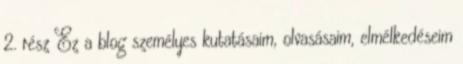
2. rész Ez a blog személyes kutatásaim, olvasásaim, elmélkedéseim